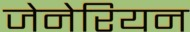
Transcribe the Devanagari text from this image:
जेनेरियन